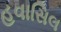
હવાસિલ